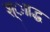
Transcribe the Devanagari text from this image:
श्ााद्ध